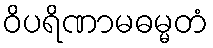
ဝိပရိဏာမဓမ္မတံ